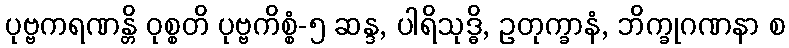
ပုဗ္ဗကရဏန္တိ ဝုစ္စတိ ပုဗ္ဗကိစ္စံ-၅ ဆန္ဒ, ပါရိသုဒ္ဓိ, ဥတုက္ခာနံ, ဘိက္ခုဂဏနာ စ